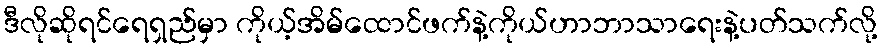
ဒီလိုဆိုရင်ရေရှည်မှာ ကိုယ့်အိမ်ထောင်ဖက်နဲ့ကိုယ်ဟာဘာသာရေးနဲ့ပတ်သက်လို့